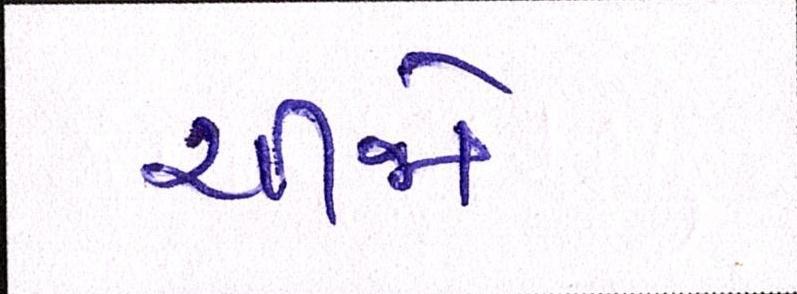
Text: ચીજો